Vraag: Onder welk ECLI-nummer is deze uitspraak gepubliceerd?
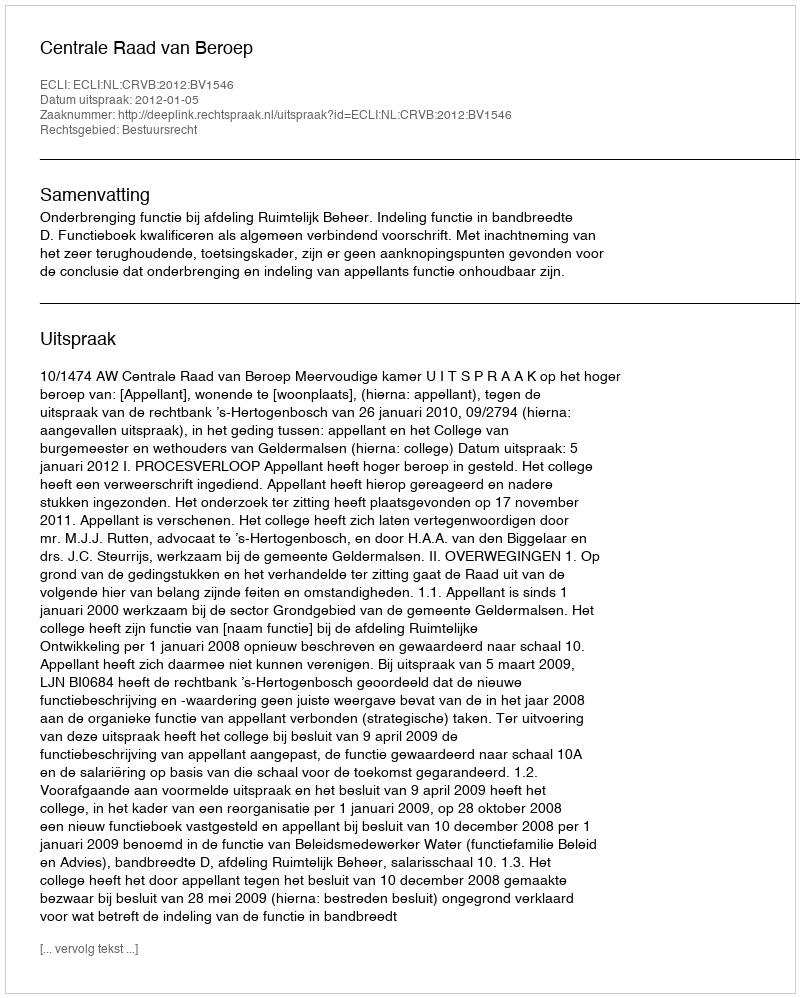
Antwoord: ECLI:NL:CRVB:2012:BV1546